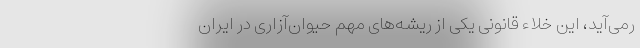
رمی‌آید، این خلاء قانونی یکی از ریشه‌های مهم حیوان‌آزاری در ایران